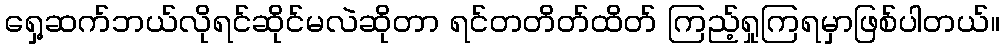
ရှေ့ဆက်ဘယ်လိုရင်ဆိုင်မလဲဆိုတာ ရင်တတိတ်ထိတ် ကြည့်ရှုကြရမှာဖြစ်ပါတယ်။